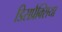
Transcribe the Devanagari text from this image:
डिसप्रैक्सिया